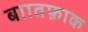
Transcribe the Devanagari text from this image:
बाातफ़ाक